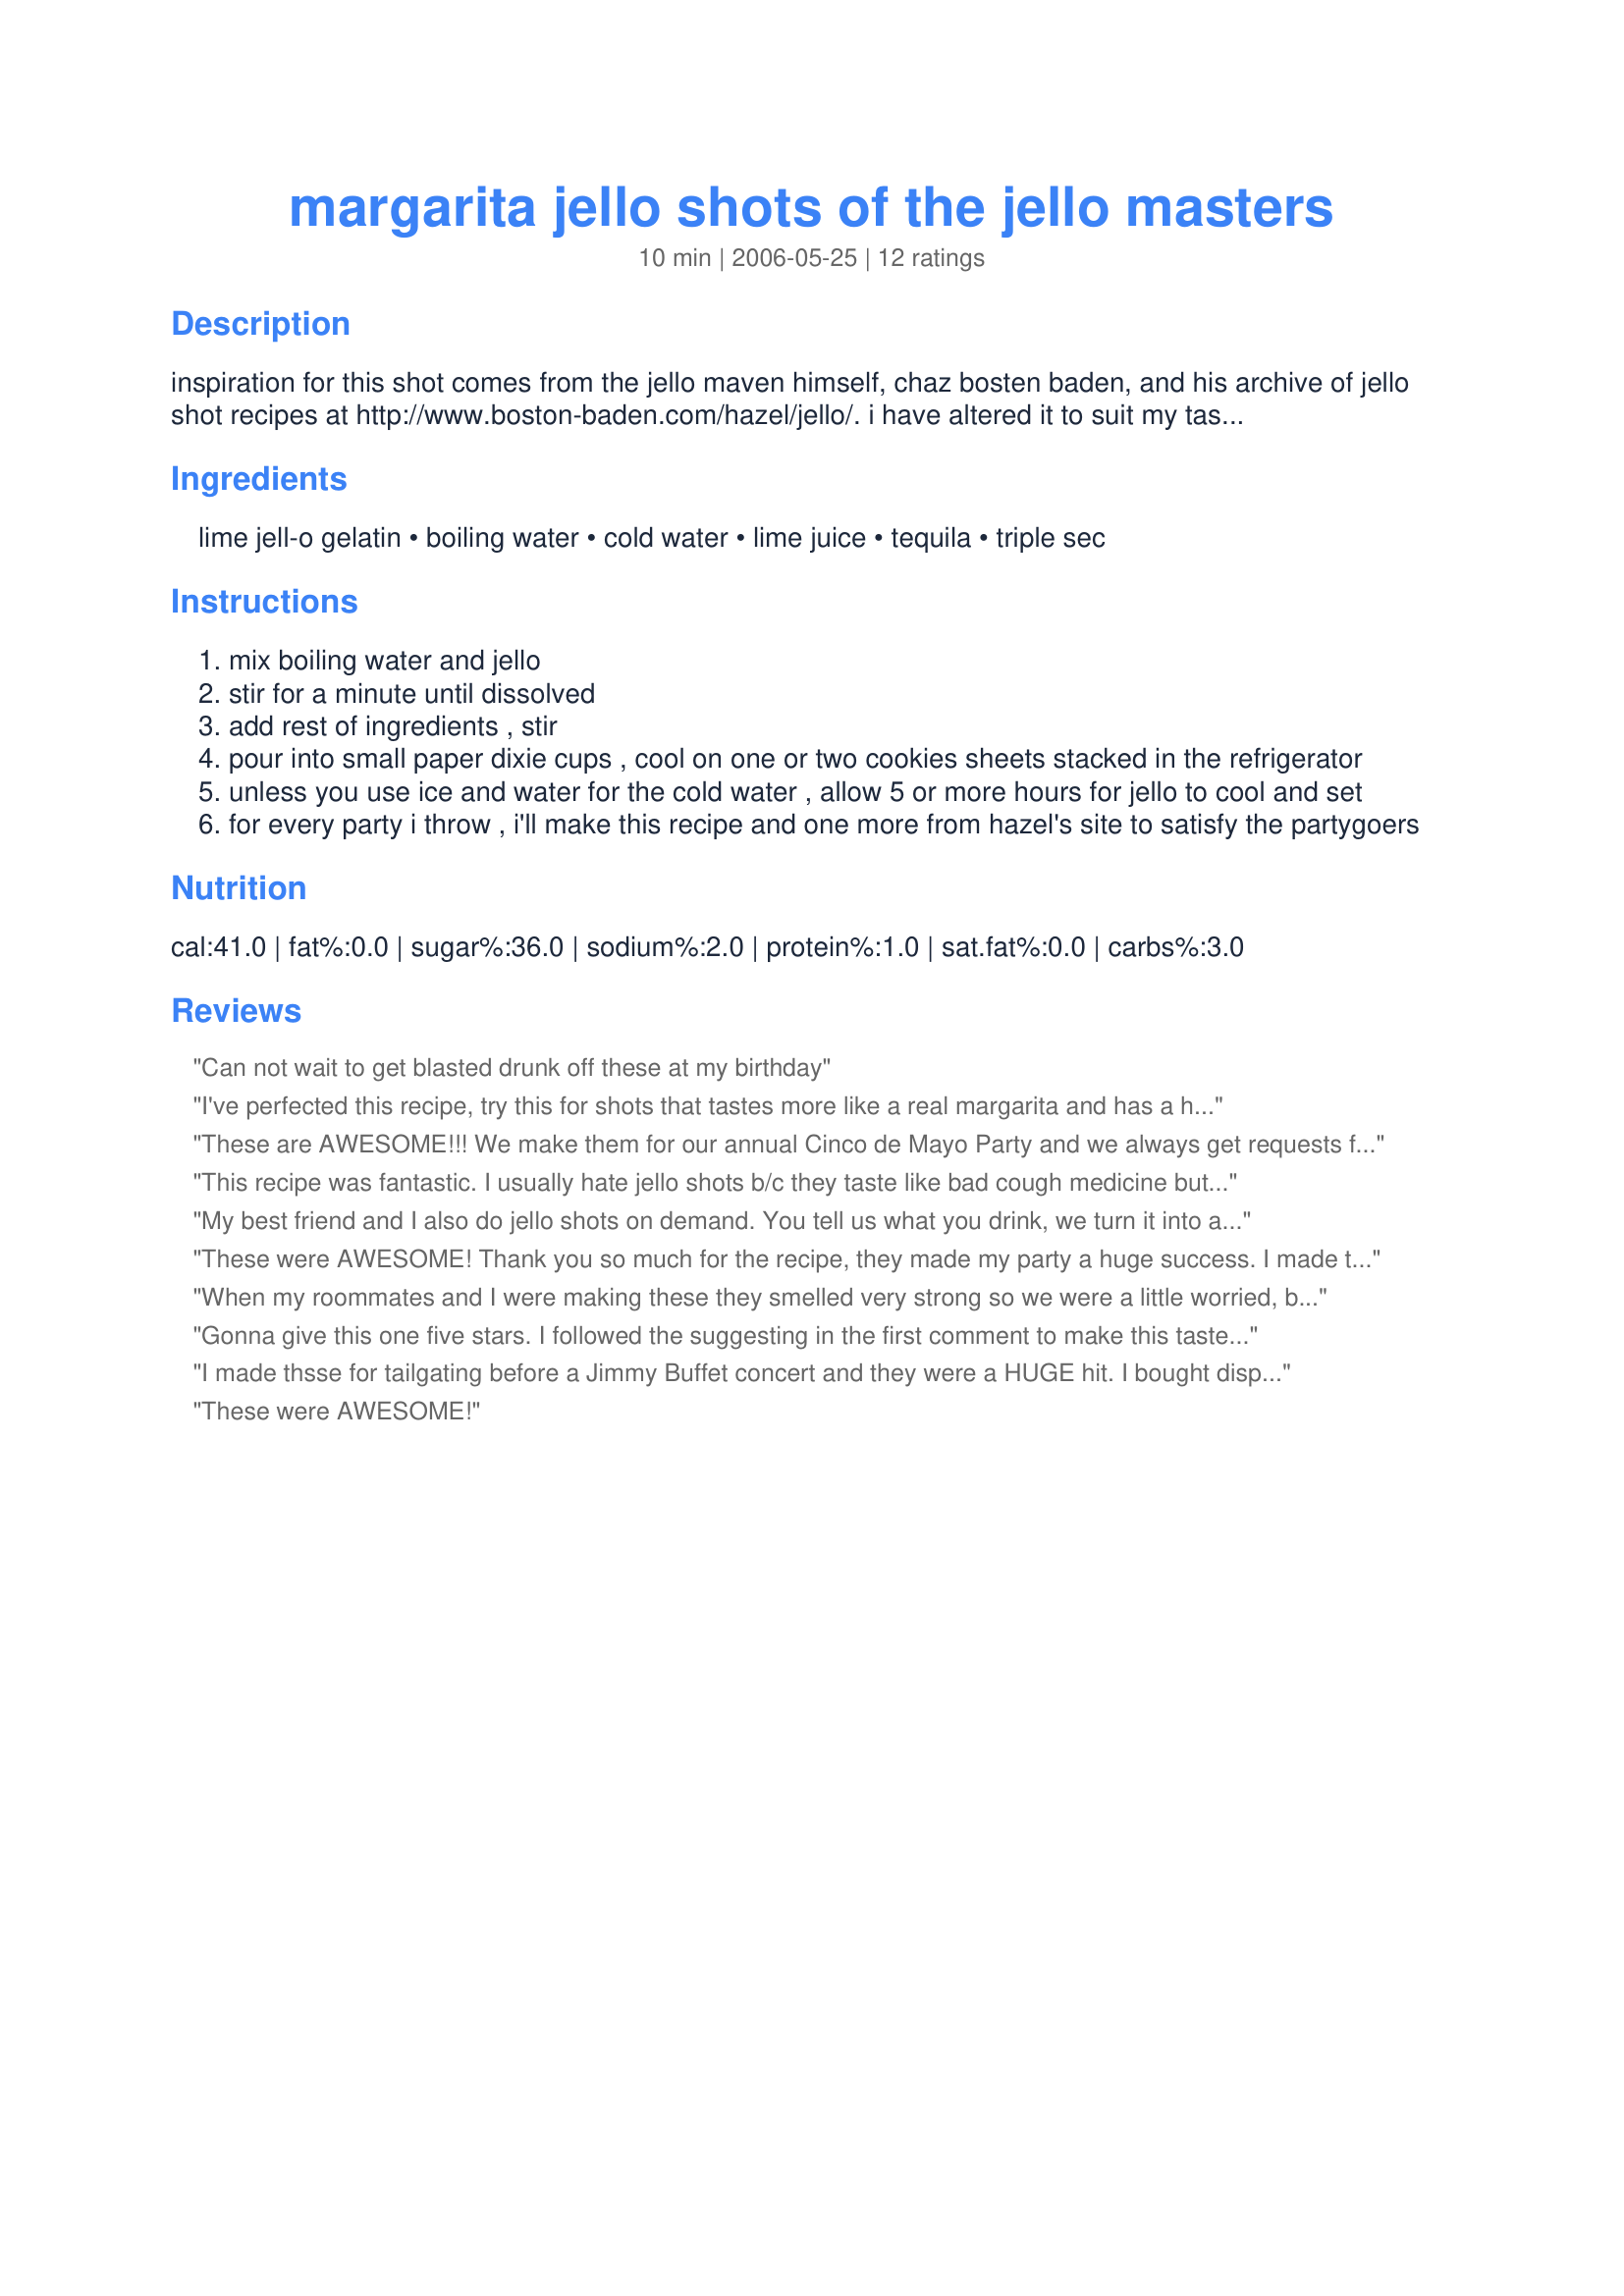
margarita jello shots of the jello masters
Preparation time: 10 minutes

inspiration for this shot comes from the jello maven himself, chaz bosten baden, and his archive of jello shot recipes at http://www.boston-baden.com/hazel/jello/. i have altered it to suit my tastes and used many other shots from his site, having since been named the "jello shot master" by my friends.

Ingredients:
lime jell-o gelatin, boiling water, cold water, lime juice, tequila, triple sec

Steps:
mix boiling water and jello
stir for a minute until dissolved
add rest of ingredients , stir
pour into small paper dixie cups , cool on one or two cookies sheets stacked in the refrigerator
unless you use ice and water for the cold water , allow 5 or more hours for jello to cool and set
for every party i throw , i'll make this recipe and one more from hazel's site to satisfy the partygoers

Reviews:
Can not wait to get blasted drunk off these at my birthday
I've perfected this recipe, try this for shots that tastes more like a real margarita and has a higher alcohol content:<br/><br/>- Lime Jello (6oz box)<br/>- 2 cups boiling water<br/>- 1 1/2 cups tequila (cold)<br/>- 1/4 cup triple sec (cold)<br/>- 1/4 cup margarita mix (cold)<br/>- 1/8 cup fresh squeezed lime juice
These are AWESOME!!! We make them for our annual Cinco de Mayo Party and we always get requests for us to bring them to other parties!!! Right before we serve the shots, we add salt on top of the jello, it really makes it a Margarita!!!
This recipe was fantastic. I usually hate jello shots b/c they taste like bad cough medicine but this was perfection. You could taste the alcohol but the lime jello really cut the severity of it. Everyone at the party raved about them and I became the most loved guest. THANK YOU!
My best friend and I also do jello shots on demand. You tell us what you drink, we turn it into a jello shot. After our combined number of years bartending, we haven't been unable to create one on demand yet. This is the same basic recipe we use for our margarita shots. If you don't have triple sec on hand, a splash of orange juice will do the trick. Also, try these with strawberry jello for a strawberry margarita... we like to rim the edge in sugar, just for looks. Definitely open your imagination up and play with this! Once you know the basic measurements you really can run your own jello drink factory!
These were AWESOME! Thank you so much for the recipe, they made my party a huge success. I made these along with regular jello shots (vodka and jello)and these ones were all gone and all the regular jello shots were left. Now I know for next time, everyone likes the margarita ones better. I used bottled lime juice instead of fresh squeezed and they were still great!
When my roommates and I were making these they smelled very strong so we were a little worried, but when we tried them they were amazing!!!
Gonna give this one five stars. I followed the suggesting in the first comment to make this taste &quot;more like a real margarita&quot; and I&#039;m disappointed. I think I should have stuck to the original recipe! I think cutting the tequila to what the original recipe called for would have made them so much better!
I made thsse for tailgating before a Jimmy Buffet concert and they were a HUGE hit. I bought disposable plastic shot glasses available at the liquor store I went to and made these the night before the show. I then popped them into extra large ziploc bags in a singler layer and stacked them atop each other in a cooler and they arrived perfectly. Thanks for the recipe, I'll be making them again for the next Buffet bash!
These were AWESOME!
Lovely!!!
Simply amazing....I halved the recipe b/c they were just for a few of us, and I wanted to have a few other flavors. I could have made them ALL from this recipe and would have been happy!!!
